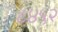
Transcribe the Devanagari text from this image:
८४५२